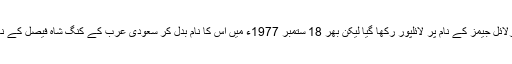
شہر کا نام اس کے بانی سرلائل جیمز کے نام پر لائلپور رکھا گیا لیکن بھر 18 ستمبر 1977ء میں اِس کا نام بدل کر سعودی عرب کے کنگ شاہ فیصل کے نام پر فیصل آباد رکھ دیا گیا۔